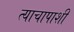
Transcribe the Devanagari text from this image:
त्याचापाशी